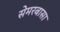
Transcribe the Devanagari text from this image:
सेमरबासा